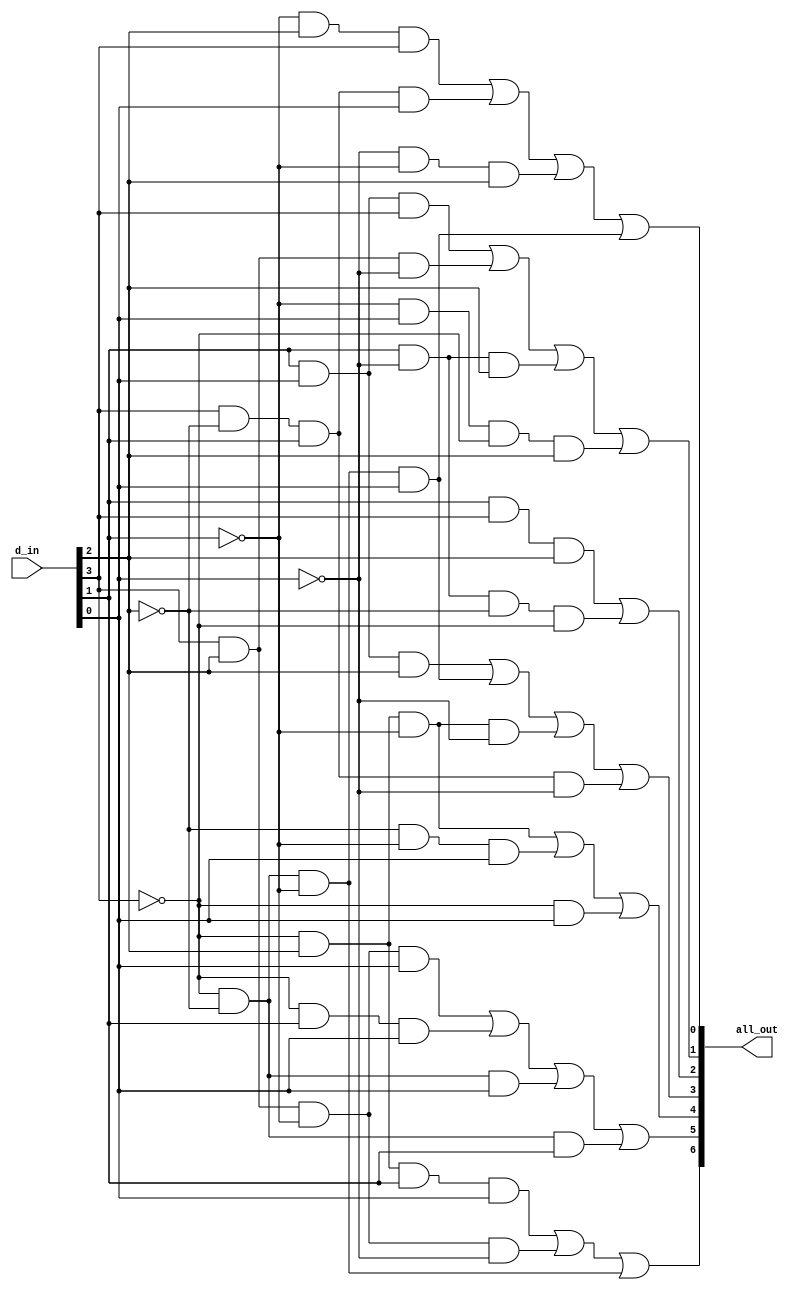
module bcdto7(all_out, d_in);
output [6:0] all_out;
input [3:0] d_in;
wire z_bar, y_bar, w_bar, x_bar;
wire z, y, w, x;

wire [22:0] intwire;

not n0(x_bar, d_in[0]);
not n1(w_bar, d_in[1]);
not n2(y_bar, d_in[2]);
not n3(z_bar, d_in[3]);

buf b0(x, d_in[0]);
buf b1(w, d_in[1]);
buf b2(y, d_in[2]);
buf b3(z, d_in[3]);

and a0(intwire[0], w_bar, y ,z);
and a1(intwire[1], z, y_bar, w , x);
and a2(intwire[2], x_bar, w_bar, y);
and a3(intwire[3], z_bar, y_bar, w_bar, x);
and a4(intwire[4], w, x ,z);
and a5(intwire[5], z, y ,x_bar);
and a6(intwire[6], w, x_bar, y);
and a7(intwire[7],w_bar, x, z_bar, y);
and a8(intwire[8], w, z, y);
and a9(intwire[9], w, x_bar, y_bar, z_bar);
and a10(intwire[10], w, x, y);
and a11(intwire[11], z_bar, y, w_bar, x_bar);
and a12(intwire[12], z, y_bar, w, x_bar);
and a13(intwire[13], z_bar, x);
and a14(intwire[14], z_bar, y, w_bar);
and a15(intwire[15], y_bar, w_bar, x);
and a16(intwire[16], z, y, w_bar, x);
and a17(intwire[17], z_bar, w, x);
and a18(intwire[18], z_bar, y_bar, x);
and a19(intwire[19], z_bar, y_bar, w);
and a20(intwire[20], z_bar, y, w, x);
and a21(intwire[21], z, y, w_bar, x_bar);
and a22(intwire[22], z_bar, y_bar, w_bar);


or fA(all_out[0], intwire[0],intwire[1],intwire[2],intwire[3]);
or fB(all_out[1], intwire[4], intwire[5], intwire[6], intwire[7]);
or fC(all_out[2], intwire[8], intwire[9]);
or fD(all_out[3], intwire[10], intwire[3], intwire[11], intwire[12]);
or fE(all_out[4], intwire[14], intwire[15], intwire[13]);
or fF(all_out[5], intwire[16], intwire[17], intwire[18], intwire[19]);
or fG(all_out[6], intwire[20], intwire[21], intwire[22]);





endmodule